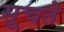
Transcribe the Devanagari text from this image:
सूचते